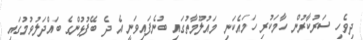
ދިވެހި ސަރުކާރުން ހާމަކުރި ހަމައެކަނި މައުލޫމާތުގައި ބުނެފައިވަނީ އެ ދެ ބޭފުޅުންގެ ބައްދަލުވުމުގައި